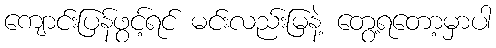
ကျောင်းပြန်ဖွင့်ရင် မင်းလည်းမြနဲ့ တွေ့ရတော့မှာပါ